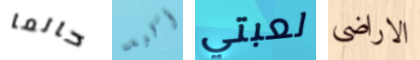
حالما أكيد لعبتي الاراضي